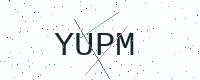
Text: YUPM